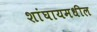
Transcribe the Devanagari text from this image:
शांघायमधील